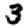
Digit: 3